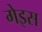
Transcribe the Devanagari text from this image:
गेइस